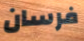
فرسان